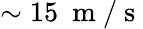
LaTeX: \sim 15~\mathrm{~m~/~s~}